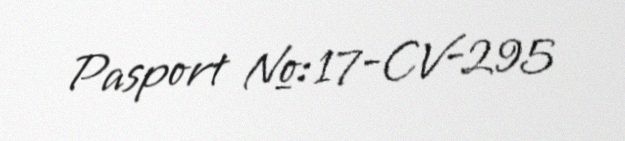
Pasport №: 17-CV-295